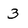
Character: 3